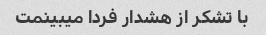
با تشکر از هشدار فردا میبینمت